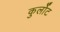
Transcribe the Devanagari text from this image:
कुर्लोट